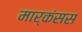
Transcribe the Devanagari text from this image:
मार्कंसस